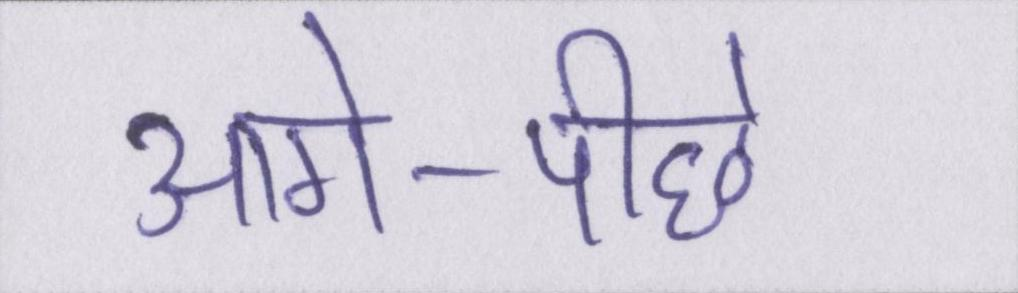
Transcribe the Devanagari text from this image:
आगे-पीछे